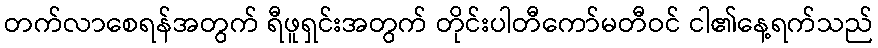
တက်လာစေရန်အတွက် ရီဖူရှင်းအတွက် တိုင်းပါတီကော်မတီဝင် ငါ၏နေ့ရက်သည်